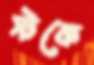
স্টকে